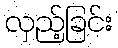
လှည့်ခြင်း